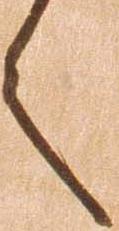
言